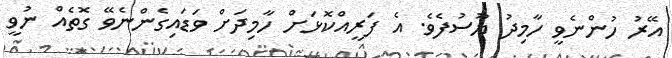
އޭރު ހުންނެވީ ހާމިދު ޔޫސުފެވެ. އެ ފަރީއްކޮޅަށް ހާމިދަށް ވަޑައިގެންނެވޭ ގޮތެއް ނުވީ